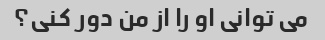
می توانی او را از من دور کنی؟